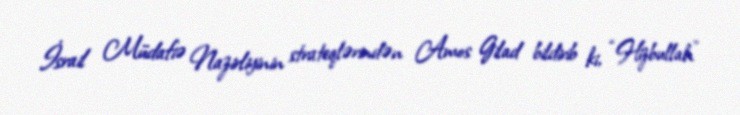
İsrail Müdafiə Nazirliyinin strateqlərindən Amos Gilad bildirib ki, “Hizbullah”